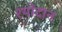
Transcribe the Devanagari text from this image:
श्योदान